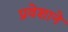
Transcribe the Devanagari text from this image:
प्रवेशाने